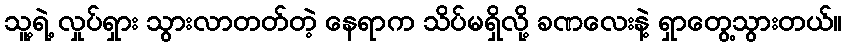
သူ့ရဲ့ လှုပ်ရှား သွားလာတတ်တဲ့ နေရာက သိပ်မရှိလို့ ခဏလေးနဲ့ ရှာတွေ့သွားတယ်။